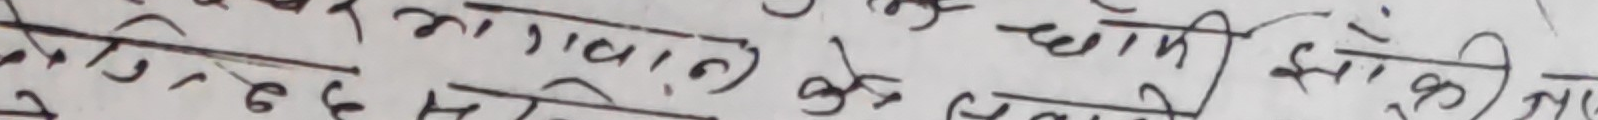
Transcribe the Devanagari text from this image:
अग्रवाल के धामी झाला
१६स३२५६